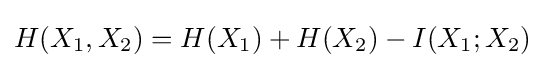
H(X_{1},X_{2})=H(X_{1})+H(X_{2})-I(X_{1};X_{2})